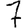
Digit: 7